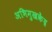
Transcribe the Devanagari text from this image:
अभिमुखकेंद्र